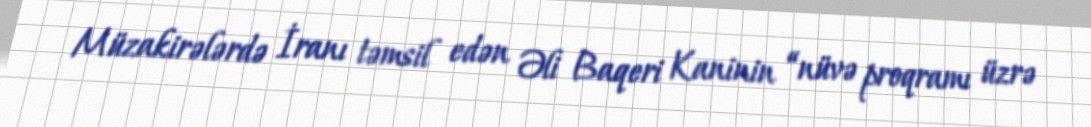
Müzakirələrdə İranı təmsil edən Əli Baqeri Kaninin “nüvə proqramı üzrə